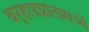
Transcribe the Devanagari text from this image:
वर्‍हाडप्रांतामध्ये